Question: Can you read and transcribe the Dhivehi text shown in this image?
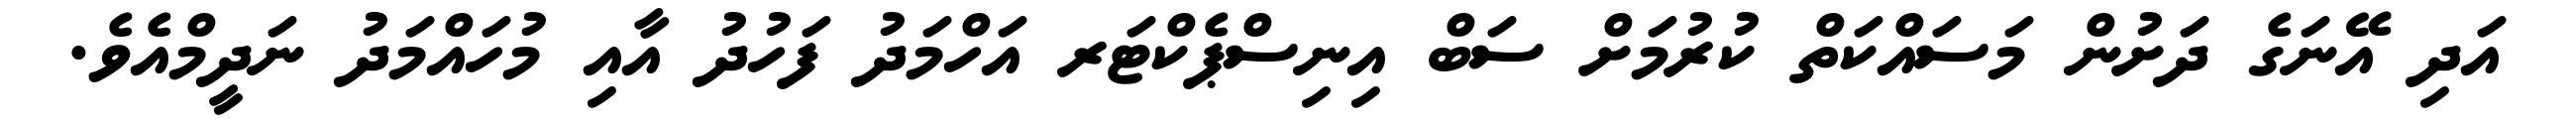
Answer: އަދި އޭނަގެ ދަށުން މަސައްކަތް ކުރުމަށް ސަބް އިނިސްޕެކްޓަރ އަހްމަދު ފަހުދު އާއި މުހައްމަދު ނަދީމްއެވެ.